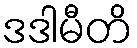
ဒဒါမီတိ